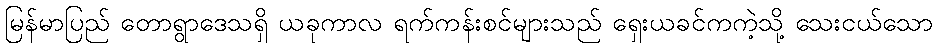
မြန်မာပြည် တောရွာဒေသရှိ ယခုကာလ ရက်ကန်းစင်များသည် ရှေးယခင်ကကဲ့သို့ သေးငယ်သော